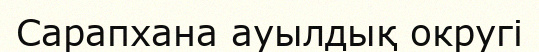
Сарапхана ауылдық округі